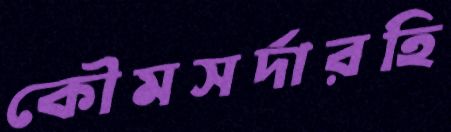
কৌমসর্দারহি